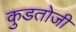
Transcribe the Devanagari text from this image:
कुडतोजी